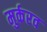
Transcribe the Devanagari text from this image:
मुर्करव